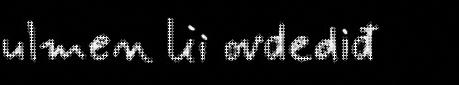
ulmen lii ovdediđ